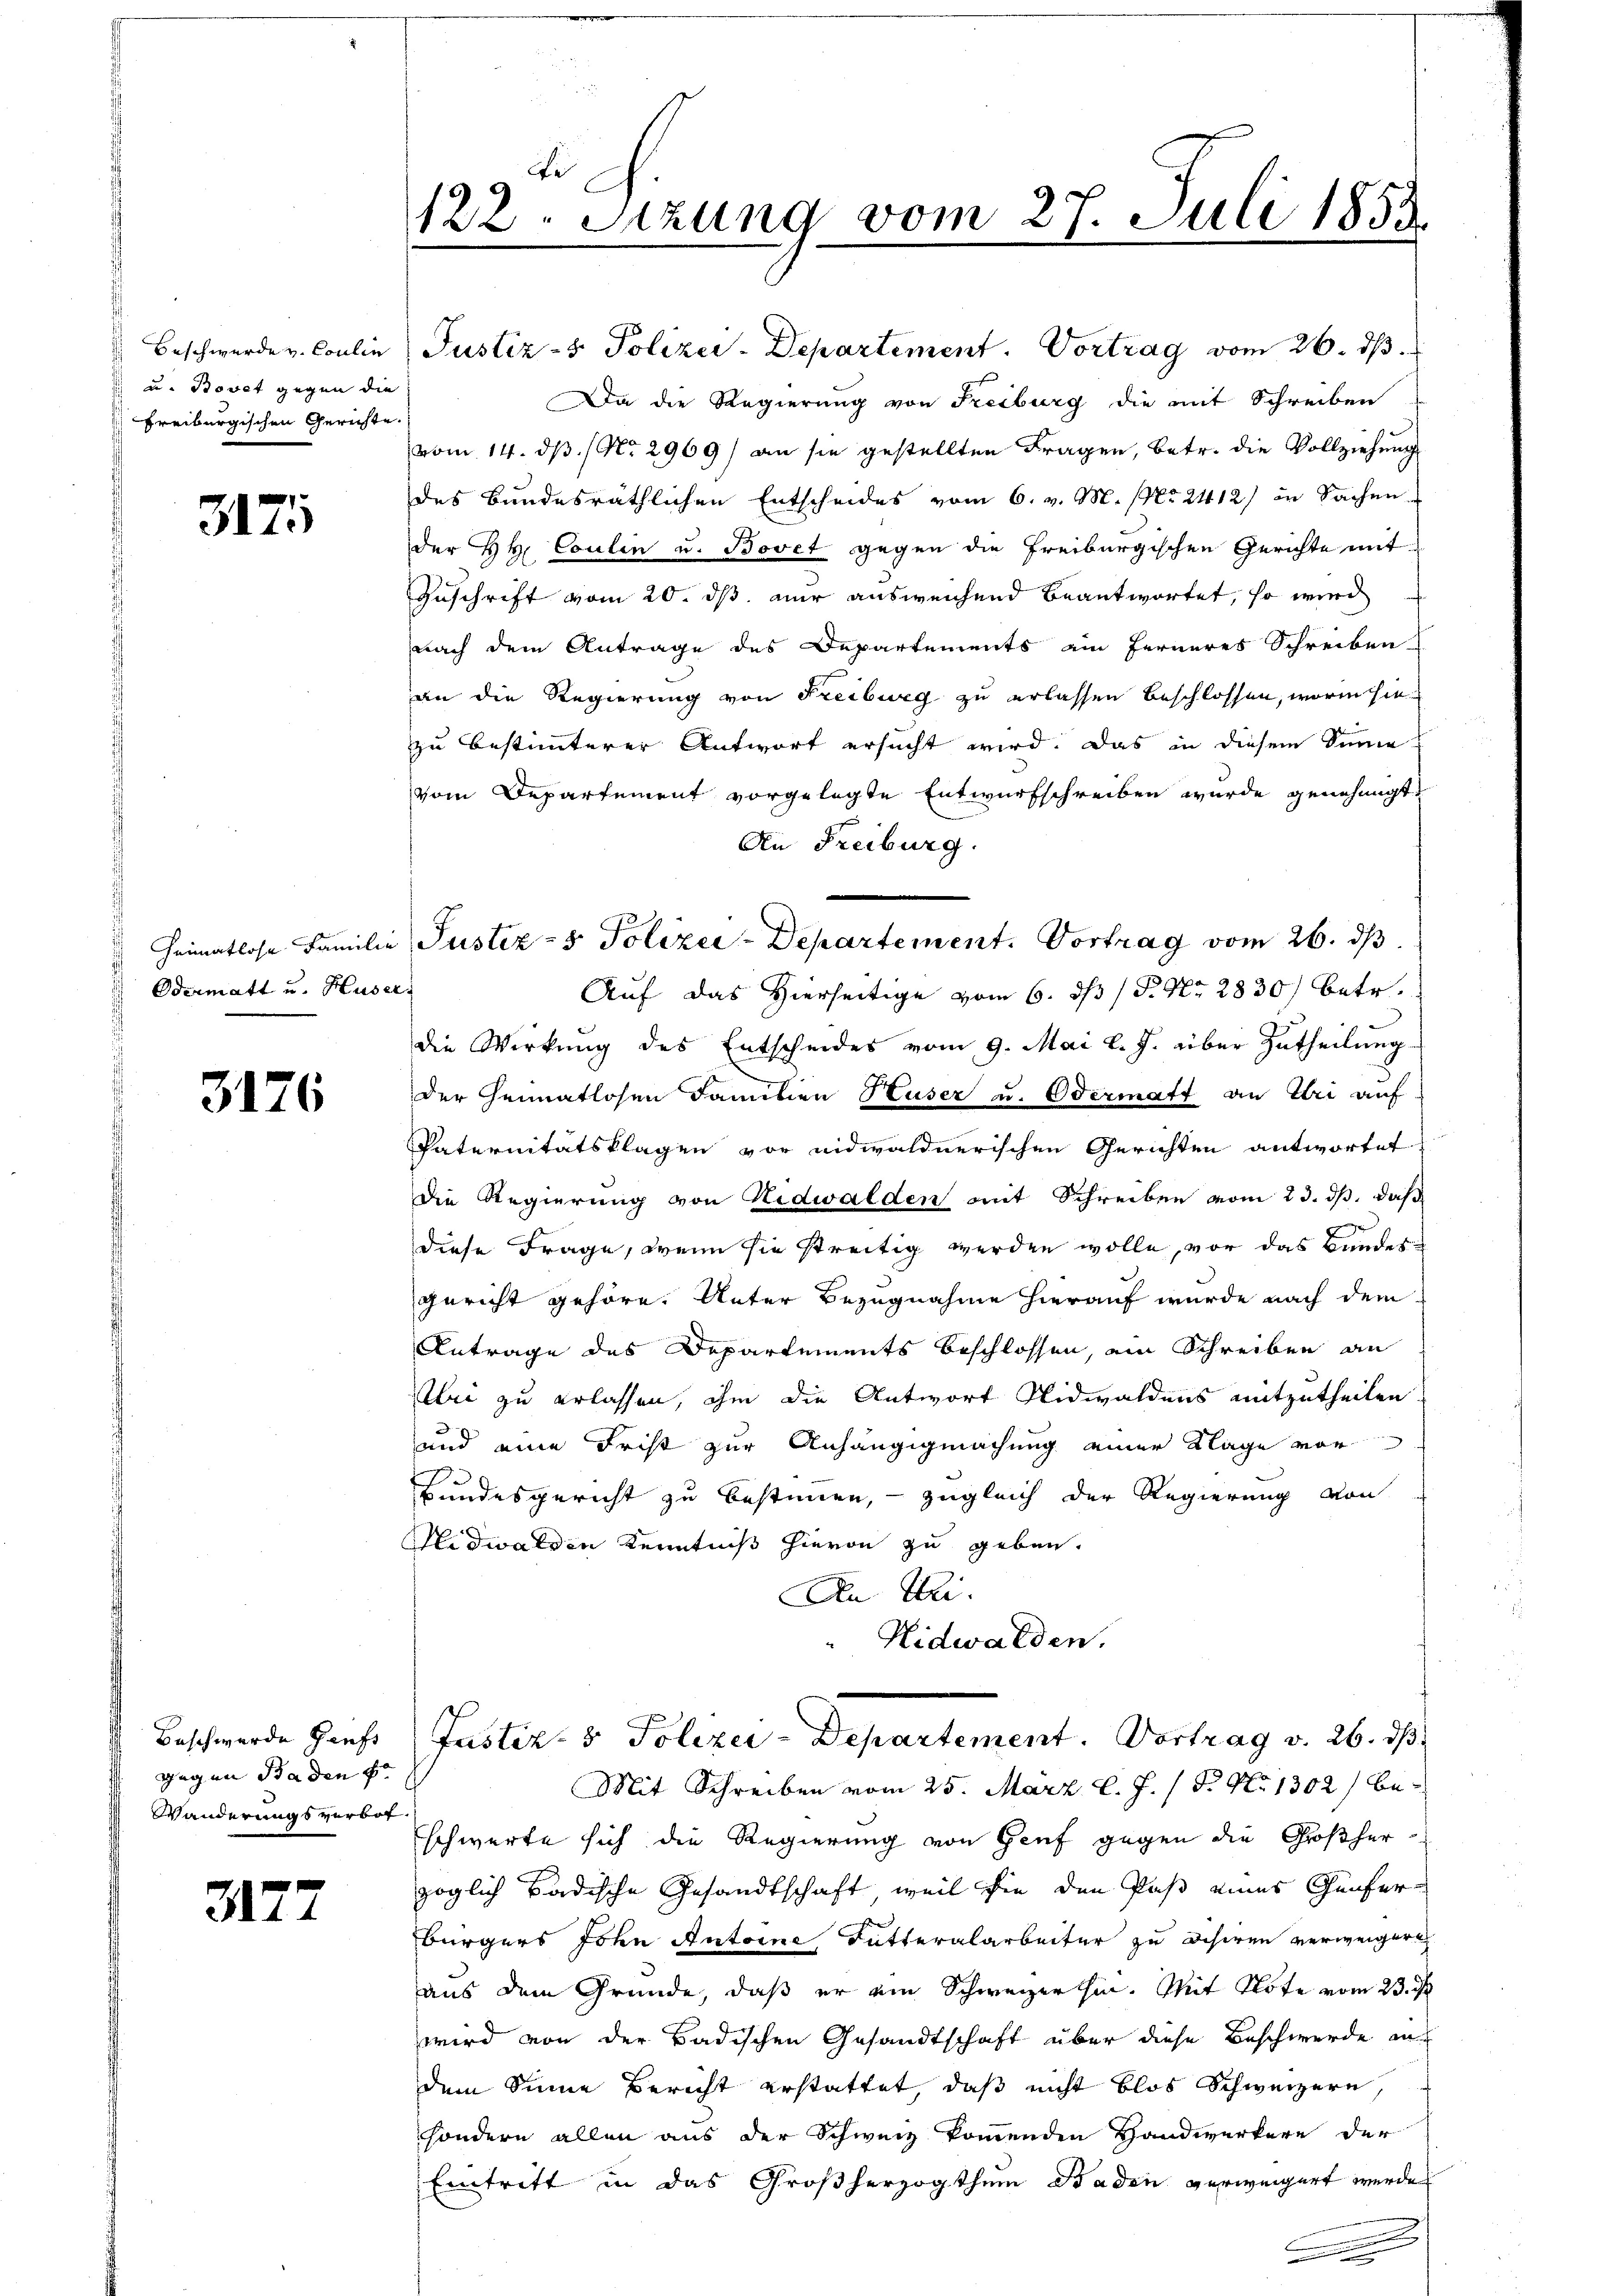
u. Bovet gegen die
Freiburgischen Gerichte.

317

Odermatt u. Huser,

3176

Beschwerde Zinf
gegen Baden f
Wanderungsverbot

2177

Beschwerde v. Coulin Justiz- & Polizer-Departement. Vortrag vom 26. ds.
Da die Regierung von Freiburg die mit Schreiben
vom 14. ds. No. 2969) an sie gestellten Fragen, betr. die Vollziehung
des Bundesräthlichen Entscheides vom 6. v. M. No 2412) in Sachen
der HH. Coulin u. Bovet gegen die Freiburgischen Gerichte mit
Zuschrift vom 20. ds nur ausweichend beantwortet, so wird
nach dem Antrage des Departements ein ferneres Schreiben
an die Regierung von Freiburg zu erlassen beschlossen, worin sie
zu bestimmterer Antwort ersucht wird. Das in diesem Sinne
vom Departement vorgelegte Entwurfschreiben wurde genehmigt.
An Freiburg.
Auf das Hierseitige vom 6. ds P. Nr. 2830 betr.
die Wirkung des Entscheides vom 9. Mai l. J. über Zutheilung
der Gematlosen Familien Huser u. Odermatt an Uri auf
Paternitätsklagen vor eidwaldnerischen Gerichten antwortet
die Regierung von Nidwalden mit Schreiben vom 23. ds. daß
diese Frage, wenn sie streitig werden wolle, vor das Bundesgericht gehöre. Unter Bezugnahme hierauf wurde nach dem
Antrage des Departements beschlossen, ein Schreiben an
lei zu erlassen, ihm die Antwort Nidwaldens mitzutheilen,
und eine Frist zur Anhängigmachung einer Klage von
Bundesgericht zu bestimmen, – zugleich der Regierung von
Nidwalden Kenntniß hievon zu geben.
An Uri.
Nidwalden.

te
122. Setzung vom 27. Juli 1858.

Heimatlose Familie Justiz- & Polizer-Departement. Vortrag vom 26. ds.

Justiz- & Polizei-Departement. Vortrag v. 26. ds

Mit Schreiben vom 25. März l. J. (T. No 1302) beschwerte sich die Regierung von Genf gegen die Großherzöglich badische Gesandtschaft, weil sie den Paß eines Genfer¬
Bürgers John Antoine Futteralarbeiter zu desiren verweiger
aus dem Gründe, daß er ein Schweizer hin. Mit Note vom 23. d
wird von der Badischen Gesandtschaft über diese Beschwerde an
dem Sinne Bericht erstattet, daß nicht blos Schweizern,
sondern allen aus der Schweiz kommenden Handwerkere der
Eintritt in das Großherzogthum Baden verweigert werde
.
.